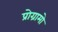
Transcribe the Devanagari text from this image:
प्रोग्रामो